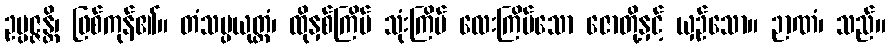
ဥပ္ပဇ္ဇန္တိ၊ ဖြစ်ကုန်၏။ တံသမ္ပယုတ္တံ၊ ထိုနှစ်ကြိမ် သုံးကြိမ် လေးကြိမ်သော ဇောတို့နှင့် ယှဉ်သော။ ဉာဏံ၊ သည်။